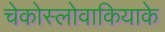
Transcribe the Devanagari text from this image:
चेकोस्लोवाकियाके